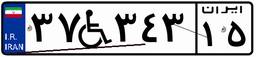
۱۷W۴۳۲۸۱